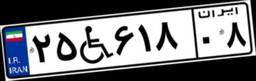
۲۵W۶۱۸۰۸